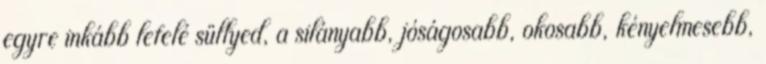
egyre inkább lefelé süllyed, a silányabb, jóságosabb, okosabb, kényelmesebb,